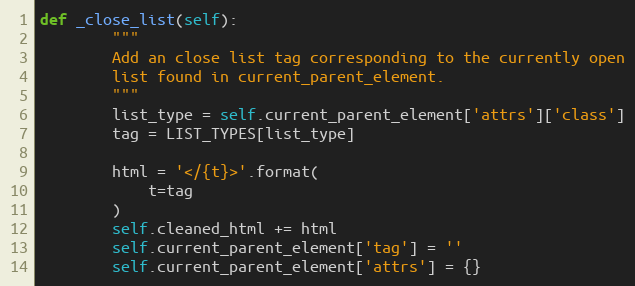
Language: Python
def _close_list(self):
        """
        Add an close list tag corresponding to the currently open
        list found in current_parent_element.
        """
        list_type = self.current_parent_element['attrs']['class']
        tag = LIST_TYPES[list_type]

        html = '</{t}>'.format(
            t=tag
        )
        self.cleaned_html += html
        self.current_parent_element['tag'] = ''
        self.current_parent_element['attrs'] = {}